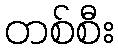
တစ်စီး